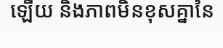
ឡើយ និងភាពមិនខុសគ្នានៃ